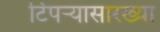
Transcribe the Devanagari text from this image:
टिपर्‍यासारख्या